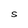
Character: S